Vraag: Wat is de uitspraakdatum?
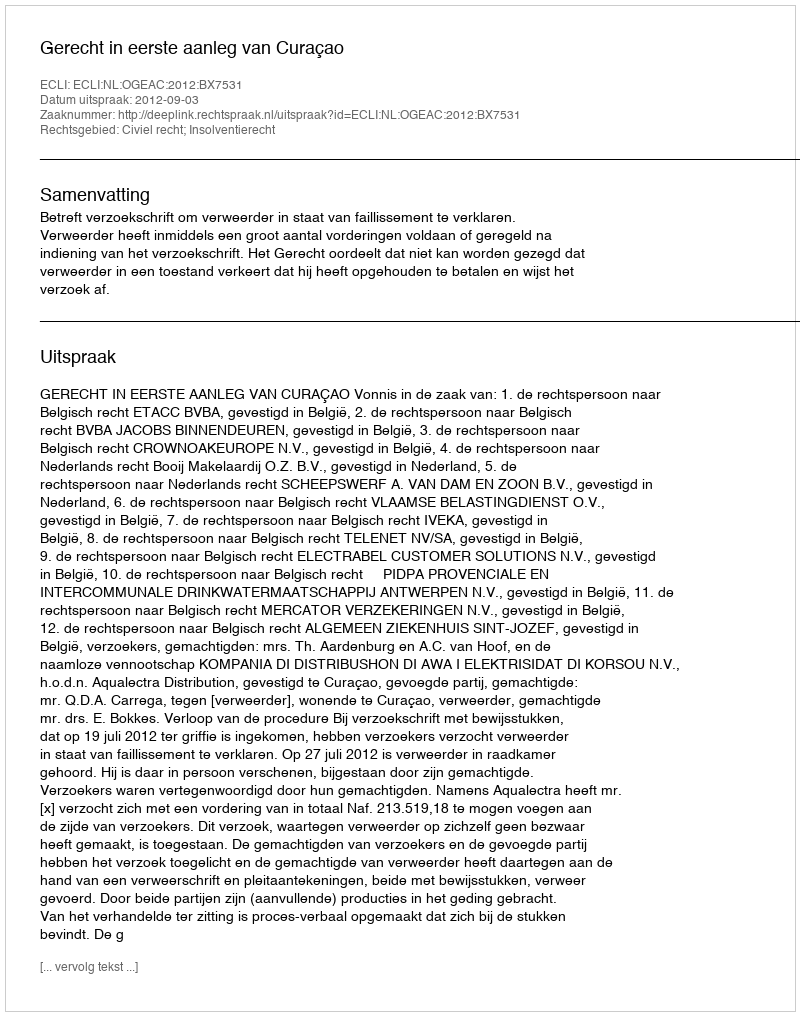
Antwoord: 2012-09-03